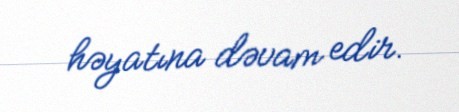
həyatına dəvam edir.